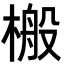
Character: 㮽